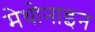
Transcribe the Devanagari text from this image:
मेथोनाइन